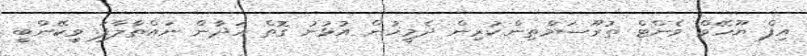
އިފް ޔޫހޭވް ވެންޓް ތުރޫސަމްތިން.ކުރިން ދެމީހުން އުޅުނު ގޮތް ހަދާން ނައްތާލާފަ. ވީކޭންބީ